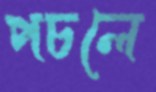
পচলে